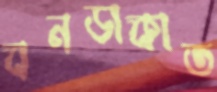
বনডাকাত